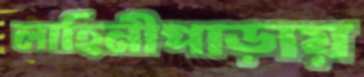
লাহিনীপাড়ায়